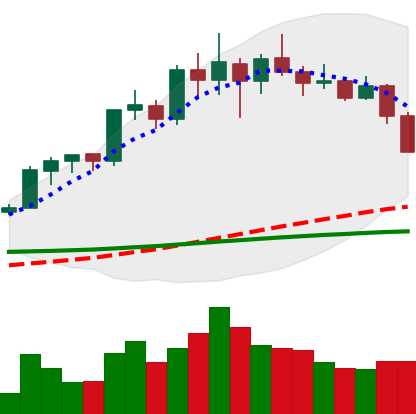
Ticker: LINK-USD
Chart end date: 2020-02-25
Forward return: 10.43%
Label: up_7plus